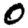
Digit: 0